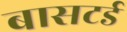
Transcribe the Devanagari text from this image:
बासटर्ड